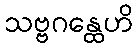
သဗ္ဗဂန္ထေဟိ